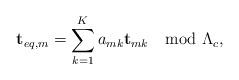
LaTeX: \begin{align*} \mathbf{t}_{eq,m}= \sum_{k=1}^K a_{mk}\mathbf{t}_{mk} \mod \Lambda_c,\end{align*}